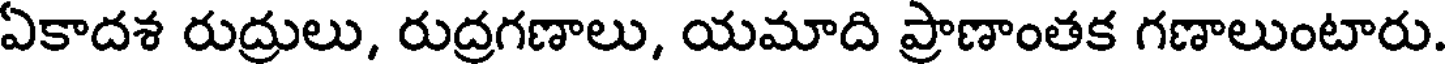
ఏకాదశ రుద్రులు, రుద్రగణాలు, యమాది ప్రాణాంతక గణాలుంటారు.